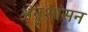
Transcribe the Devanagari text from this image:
अनुशांसन